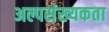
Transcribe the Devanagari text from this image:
अल्पसंख्यकता